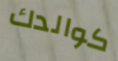
كوالدك